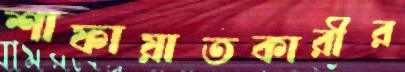
শাফায়াতকারীর